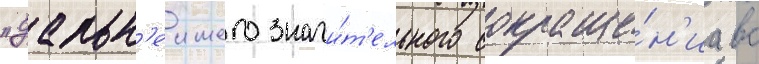
"дальн'еишего значи́т'ельного сокраще́н'иа вс